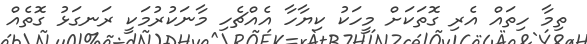
ތިމާ ހިތައް އެރި ގޮތަކަށް މީހަކު ކިޔާހާ އެއްޗެހި މާނަކުރުމަކީ ރަނގަޅު ގޮތެއް